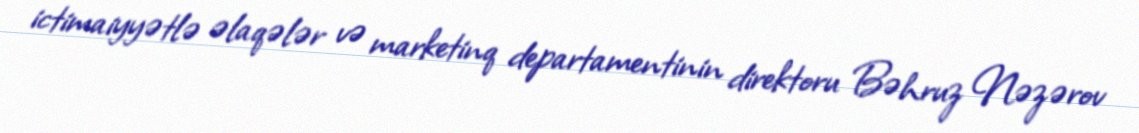
ictimaiyyətlə əlaqələr və marketinq departamentinin direktoru Bəhruz Nəzərov